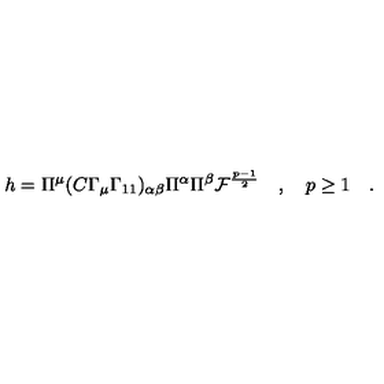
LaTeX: h = \Pi ^ { \mu } ( C \Gamma _ { \mu } \Gamma _ { 1 1 } ) _ { \alpha \beta } \Pi ^ { \alpha } \Pi ^ { \beta } { \cal F } ^ { \frac { p - 1 } { 2 } } \quad , \quad p \geq 1 \quad .